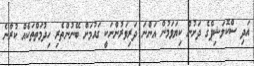
އަދި ސްކޮލަޝިޕްގެ ދަށުން ކިޔަވަމުން އަންނަ ދަރިވަރުންނަކީ ގައުމަށް ބޭނުންތެރި ހިދުމަތްތަކެއް ކުރާނެ